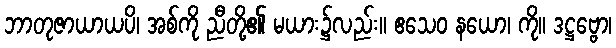
ဘာတုဇာယာယပိ၊ အစ်ကို ညီတို့၏ မယား၌လည်း။ ဧသေဝ နယော၊ ကို။ ဒဋ္ဌဗ္ဗော၊